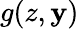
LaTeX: g(z,\mathbf{y})